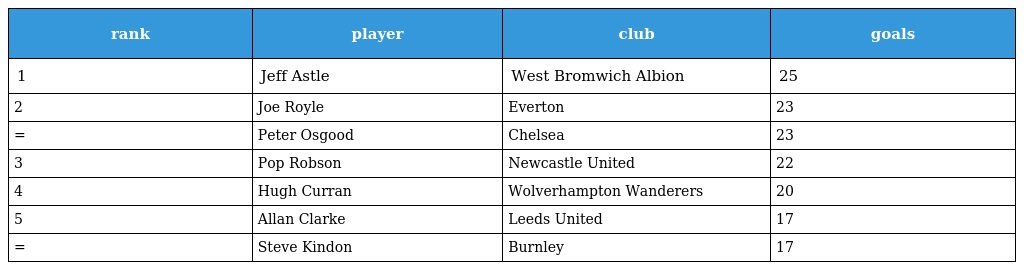
| rank | player | club | goals |
 | --- | --- | --- | --- |
 | 1 | Jeff Astle | West Bromwich Albion | 25 |
 | 2 | Joe Royle | Everton | 23 |
 | = | Peter Osgood | Chelsea | 23 |
 | 3 | Pop Robson | Newcastle United | 22 |
 | 4 | Hugh Curran | Wolverhampton Wanderers | 20 |
 | 5 | Allan Clarke | Leeds United | 17 |
 | = | Steve Kindon | Burnley | 17 |